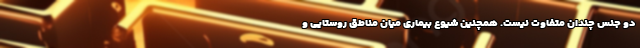
دو جنس چندان متفاوت نیست. همچنین شیوع بیماری میان مناطق روستایی و